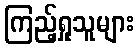
ကြည့်ရှုသူများ